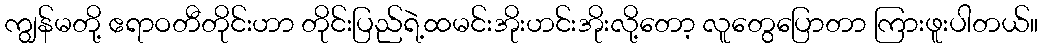
ကျွန်မတို့ ဧရာဝတီတိုင်းဟာ တိုင်းပြည်ရဲ့ထမင်းအိုးဟင်းအိုးလို့တော့ လူတွေပြောတာ ကြားဖူးပါတယ်။